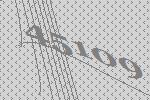
45109